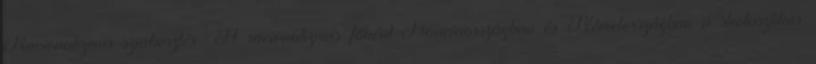
Racionalizmus szerkesztés A racionalizmus főként Franciaországban és Németországban a skolasztikus